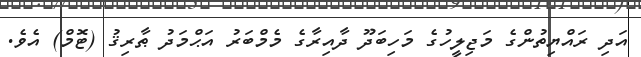
އަދި ރައްޔިތުންގެ މަޖިލީހުގެ މަހިބަދޫ ދާއިރާގެ މެމްބަރު އަޙްމަދު ޠާރިޤު (ޓޮމް) އެވެ.